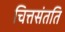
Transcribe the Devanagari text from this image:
चित्तसंतति